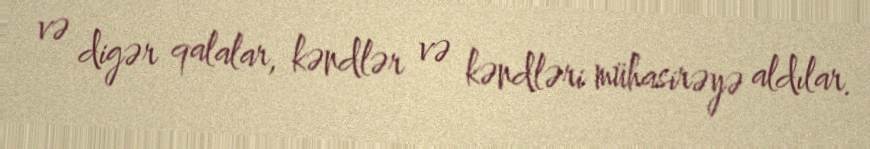
və digər qalalar, kəndlər və kəndləri mühasirəyə aldılar.